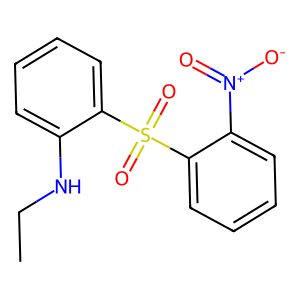
SMILES: CCNc1ccccc1S(=O)(=O)c1ccccc1[N+](=O)[O-]
Inhibits HIV replication: Yes